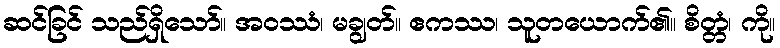
ဆင်ခြင် သည်ရှိသော်။ အဝဿံ၊ မချွတ်။ ဧကဿ၊ သူတယောက်၏။ စိတ္တံ၊ ကို။